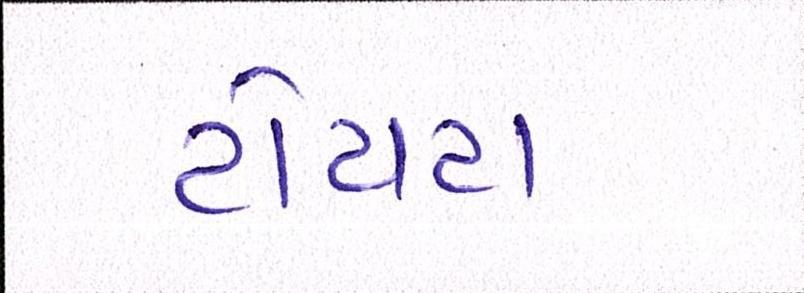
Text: ટોયટા